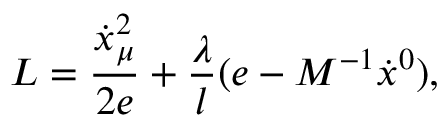
L = \frac { \dot { x } _ { \mu } ^ { 2 } } { 2 e } + \frac { \lambda } { l } ( e - M ^ { - 1 } \dot { x } { } ^ { 0 } ) ,